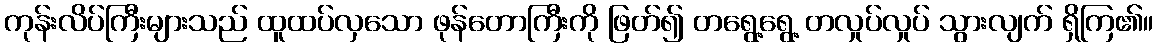
ကုန်းလိပ်ကြီးများသည် ထူထပ်လှသော ဖုန်တောကြီးကို ဖြတ်၍ တရွေ့ရွေ့ တလှုပ်လှုပ် သွားလျက် ရှိကြ၏။